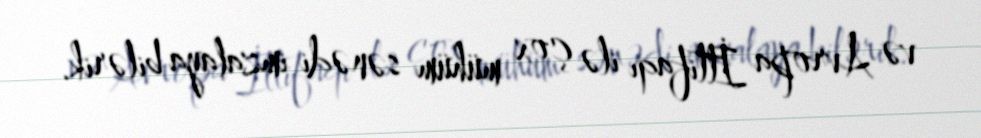
və Avropa İttifaqı ilə çox mühüm sənədi imzalaya bilərik.